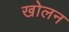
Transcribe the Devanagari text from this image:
खोलन